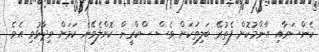
ކެންސަރާއި އާންމުކޮށް ފެތުރޭ ބަލިތަކަށް ވެސް ސްކްރީން ކޮށްލެވޭނެ ކަމަށް ވިދާޅުވި އެވެ.